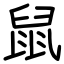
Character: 鼠